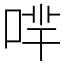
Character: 𠴟